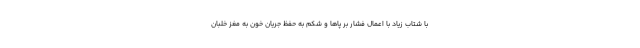
با شتاب زیاد با اعمال فشار بر پاها و شکم به حفظ جریان خون به مغز خلبان